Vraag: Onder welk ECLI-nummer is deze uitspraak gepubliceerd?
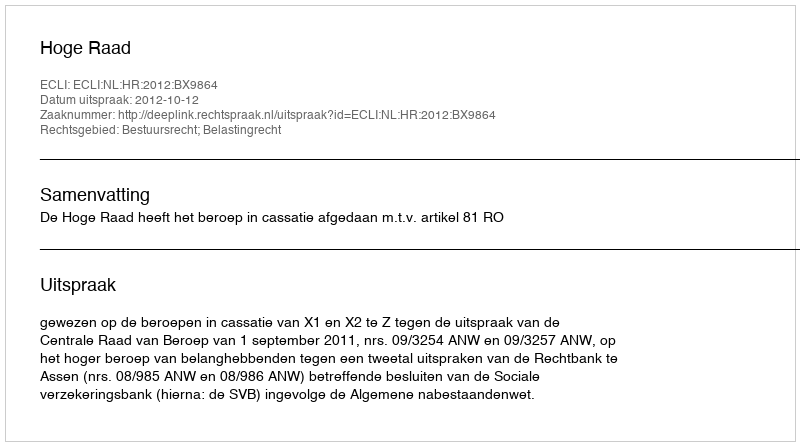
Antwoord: ECLI:NL:HR:2012:BX9864